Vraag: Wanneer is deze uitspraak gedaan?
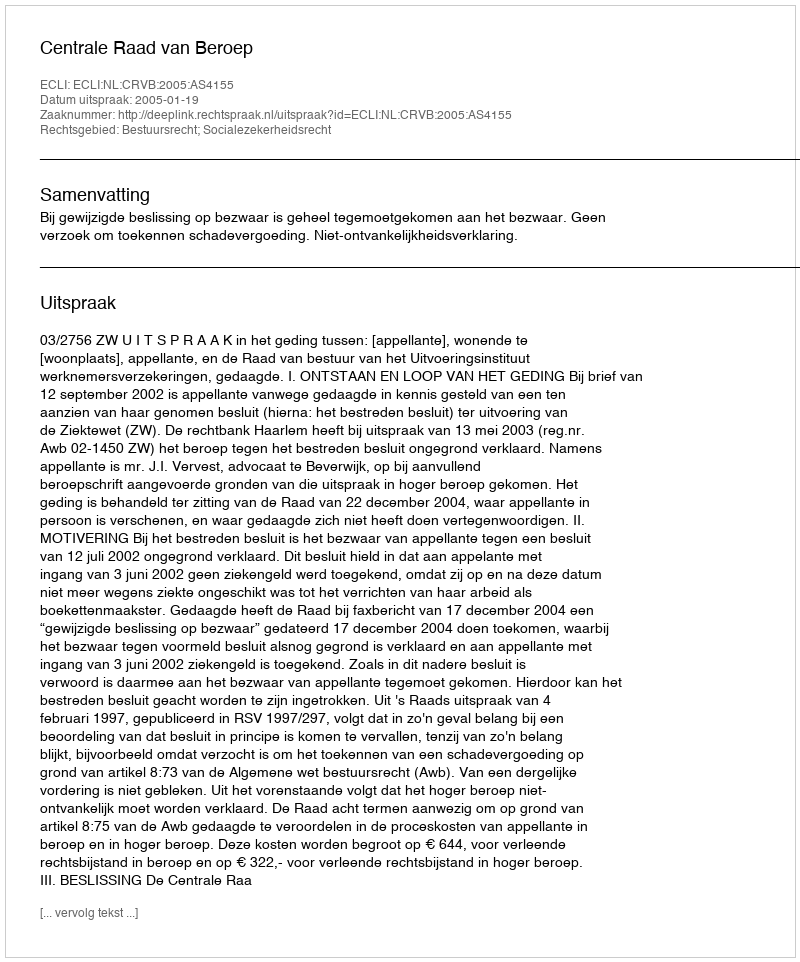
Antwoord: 2005-01-19